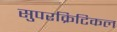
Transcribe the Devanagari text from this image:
सुपरक्रिटिकल